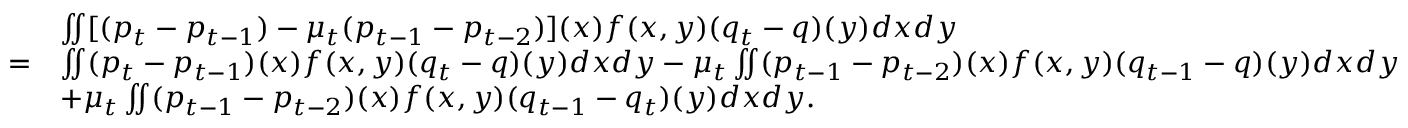
\begin{array} { r l } & { \iint [ ( p _ { t } - p _ { t - 1 } ) - \mu _ { t } ( p _ { t - 1 } - p _ { t - 2 } ) ] ( x ) f ( x , y ) ( q _ { t } - q ) ( y ) d x d y } \\ { = } & { \iint ( p _ { t } - p _ { t - 1 } ) ( x ) f ( x , y ) ( q _ { t } - q ) ( y ) d x d y - \mu _ { t } \iint ( p _ { t - 1 } - p _ { t - 2 } ) ( x ) f ( x , y ) ( q _ { t - 1 } - q ) ( y ) d x d y } \\ & { + \mu _ { t } \iint ( p _ { t - 1 } - p _ { t - 2 } ) ( x ) f ( x , y ) ( q _ { t - 1 } - q _ { t } ) ( y ) d x d y . } \end{array}